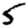
Digit: 5